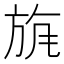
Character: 𣃲